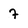
Character: 7